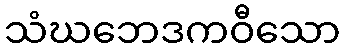
သံဃဘေဒကဝီသော